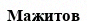
Мажитов